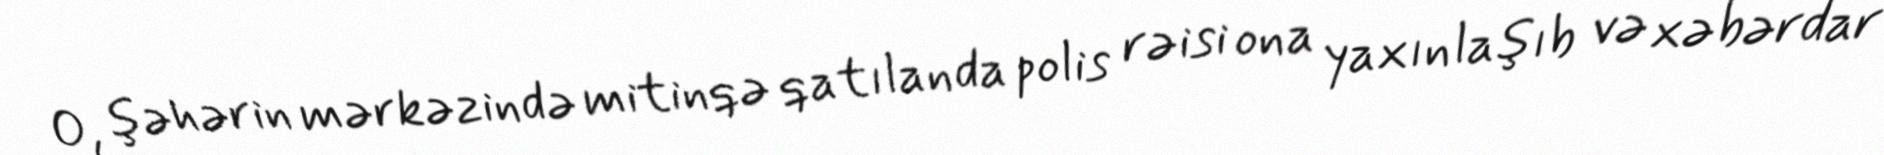
O, şəhərin mərkəzində mitinqə qatılanda polis rəisi ona yaxınlaşıb və xəbərdar